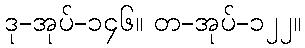
ဒု-အုပ်-၁၄၆။ တ-အုပ်-၁၂၂။